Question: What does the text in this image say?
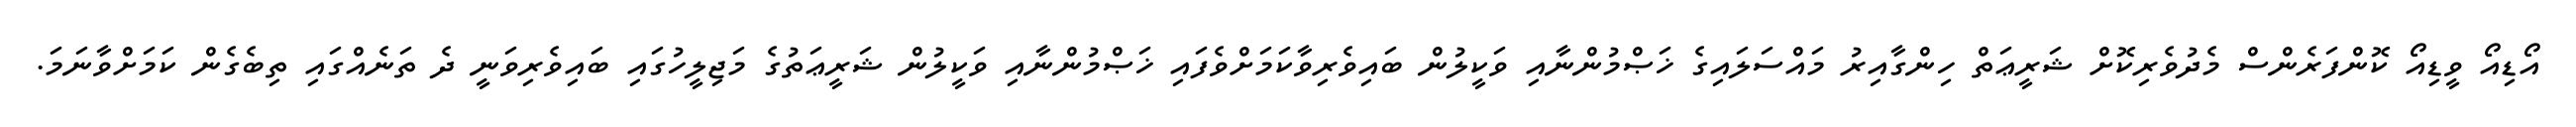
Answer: އޯޑިއޯ ވީޑިއޯ ކޮންފަރެންސް މެދުވެރިކޮށް ޝަރީޢަތް ހިންގާއިރު މައްސަލައިގެ ޚަޞްމުންނާއި ވަކީލުން ބައިވެރިވާކަމަށްވެފައި ޚަޞްމުންނާއި ވަކީލުން ޝަރީޢަތުގެ މަޖިލީހުގައި ބައިވެރިވަނީ ދެ ތަނެއްގައި ތިބެގެން ކަމަށްވާނަމަ.